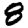
Digit: 8